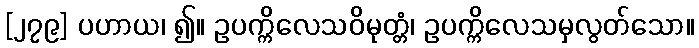
[၂၇၉] ပဟာယ၊ ၍။ ဥပက္ကိလေသဝိမုတ္တံ၊ ဥပက္ကိလေသမှလွတ်သော။